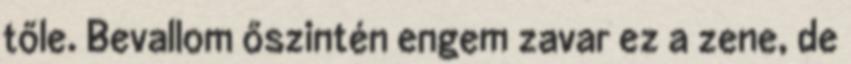
tőle. Bevallom őszintén engem zavar ez a zene, de